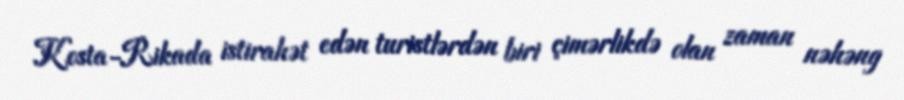
Kosta-Rikada istirahət edən turistlərdən biri çimərlikdə olan zaman nəhəng